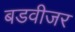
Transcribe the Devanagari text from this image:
बडवीजर